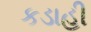
કડાહી